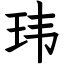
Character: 玮